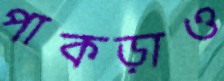
পাকড়াও